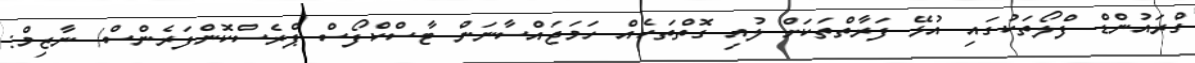
ގްރައުންޑް ފްލޯތަކުގައި އުޅޭ ފަރާތްތަކަށް ލުއި ގޮތްތަކެއް ހަމަޖައްސާނަން ޓާސްކްފޯސް ޕްރެސްކޮންފަރެންސް/ ނާޒިމް: